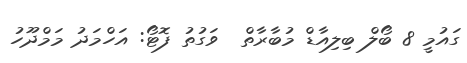
ގައުމީ 8 ބޯލް ބިލިއާޑް މުބާރާތް  ވަގުތު ފޮޓޯ: އަހްމަދު މަމްދޫހު